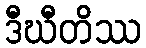
ဒီဃီတိဿ